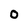
Character: 0